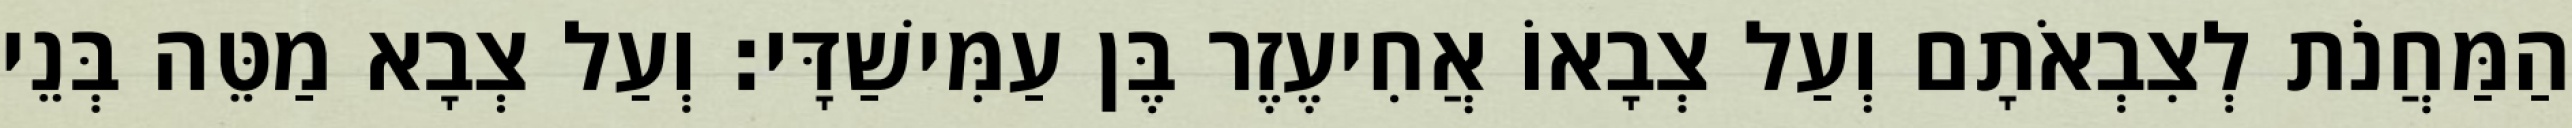
הַמַּחֲנֹת לְצִבְאֹתָם וְעַל צְבָאוֹ אֲחִיעֶזֶר בֶּן עַמִּישַׁדָּי׃ וְעַל צְבָא מַטֵּה בְּנֵי